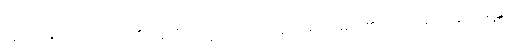
ထွက်မြောက်တတ်ကုန်၏။ ဣတိ တသ္မာ၊ ကြောင့်။ နိဿရဏံ၊ မည်၏။ (ကာမတော နိဿရန္တိ